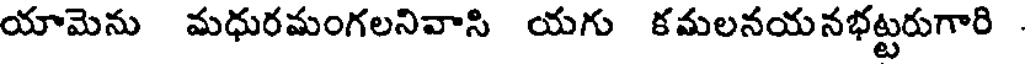
యామెను మధురమంగలనివాసి యగు కమలనయనభట్టరుగారి